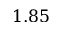
1 . 8 5